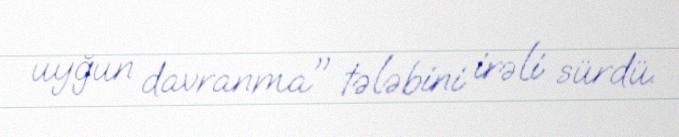
uyğun davranma" tələbini irəli sürdü.